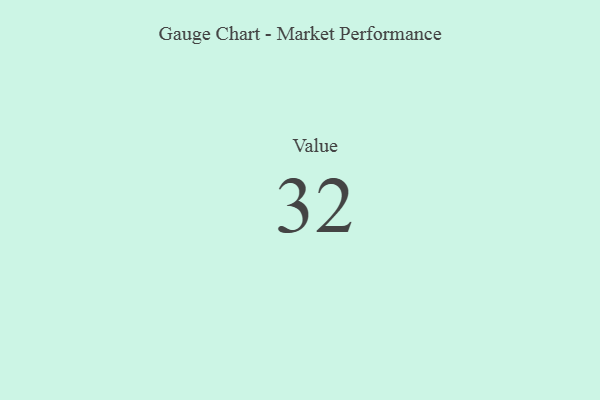
{"axis": {"x": "Metric", "y": "Value"}, "legend": [""], "data": [{"x": "Value", "y": 32, "type": ""}]}